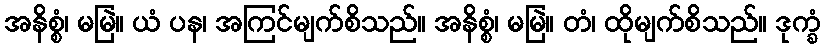
အနိစ္စံ၊ မမြဲ။ ယံ ပန၊ အကြင်မျက်စိသည်။ အနိစ္စံ၊ မမြဲ။ တံ၊ ထိုမျက်စိသည်။ ဒုက္ခံ